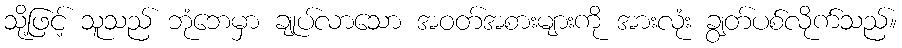
သို့ဖြင့် သူသည် ဘုံဘေမှာ ချုပ်လာသော အဝတ်အစားများကို အားလုံး ချွတ်ပစ်လိုက်သည်။